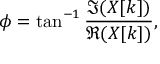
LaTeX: \phi = \tan ^ { - 1 } { \frac { \Im ( X [ k ] ) } { \Re ( X [ k ] ) } } ,